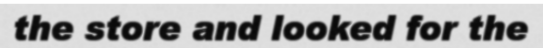
the store and looked for the